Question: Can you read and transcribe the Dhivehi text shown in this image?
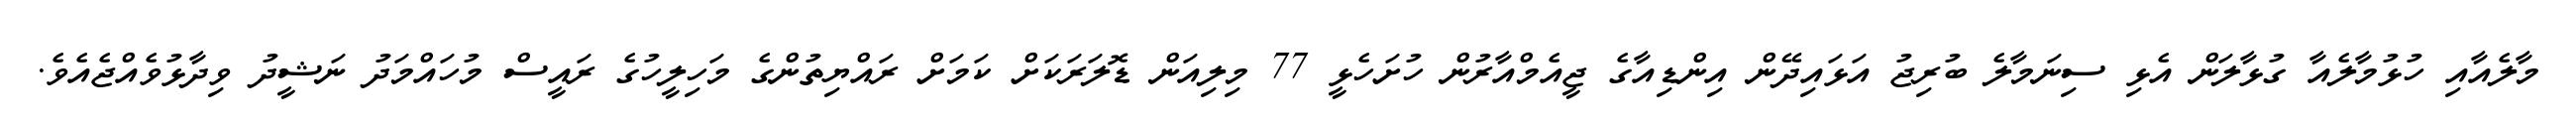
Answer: މާލެއާއި ހުޅުމާލެއާ ގުޅާލަން އެޅި ސިނަމާލެ ބުރިޖު އަޅައިދޭން އިންޑިއާގެ ޖީއެމްއާރުން ހުށަހެޅީ 77 މިލިއަން ޑޮލަރަކަށް ކަމަށް ރައްޔިތުންގެ މަހިލީހުގެ ރައީސް މުހައްމަދު ނަޝީދު ވިދާޅުވެއްޖެއެވެ.